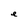
Character: e